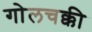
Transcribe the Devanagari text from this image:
गोलचक्की